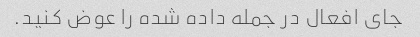
جای افعال در جمله داده شده را عوض کنید.